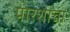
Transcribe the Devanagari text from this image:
पारशांचा